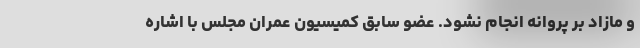
و مازاد بر پروانه انجام نشود. عضو سابق کمیسیون عمران مجلس با اشاره